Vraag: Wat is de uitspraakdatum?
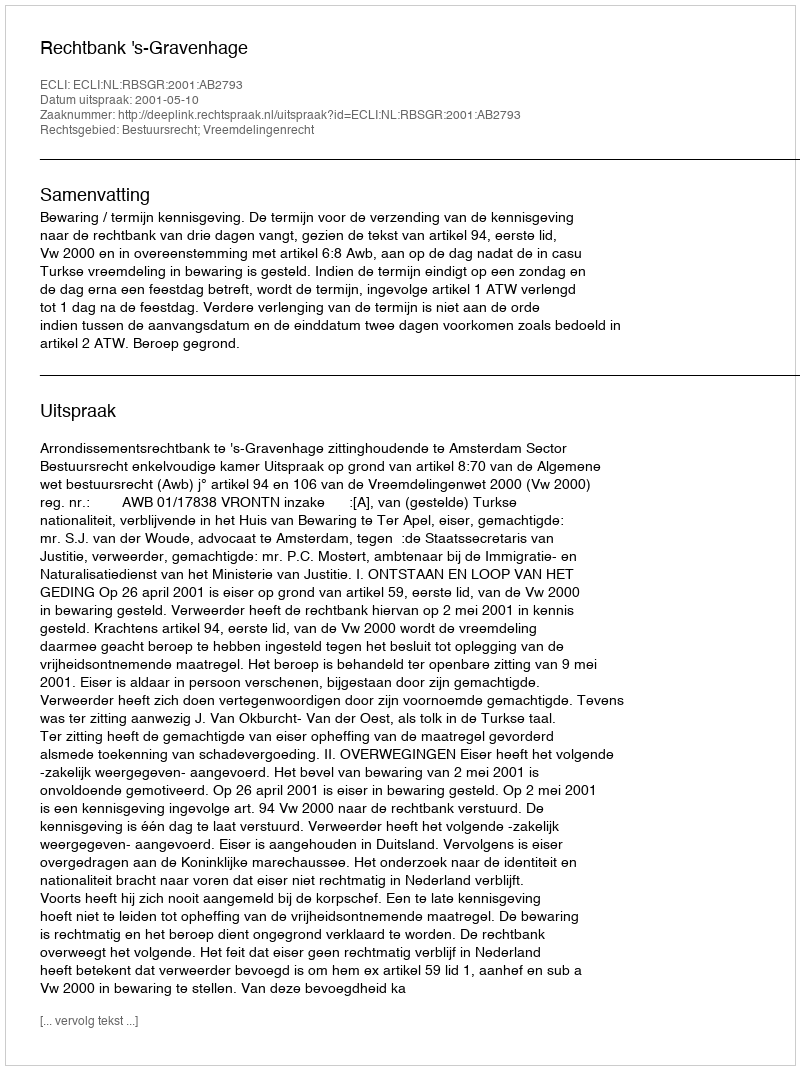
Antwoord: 2001-05-10